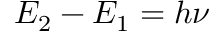
E _ { 2 } - E _ { 1 } = h \nu